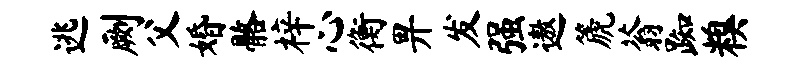
逃劂父婚髂梓心衡畀发强遨篪蓊踟糗